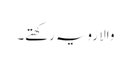
والا رویہ رکھتے۔